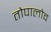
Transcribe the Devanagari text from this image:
तोपालोव